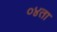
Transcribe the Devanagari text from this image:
०४ता